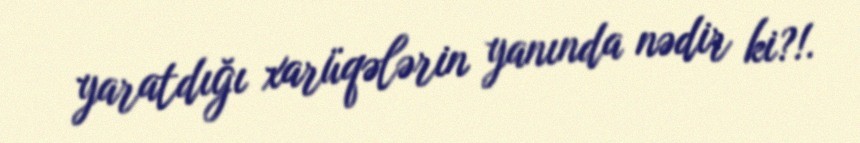
yaratdığı xarüqələrin yanında nədir ki?!.